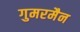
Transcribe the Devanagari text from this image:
गुमरमैन